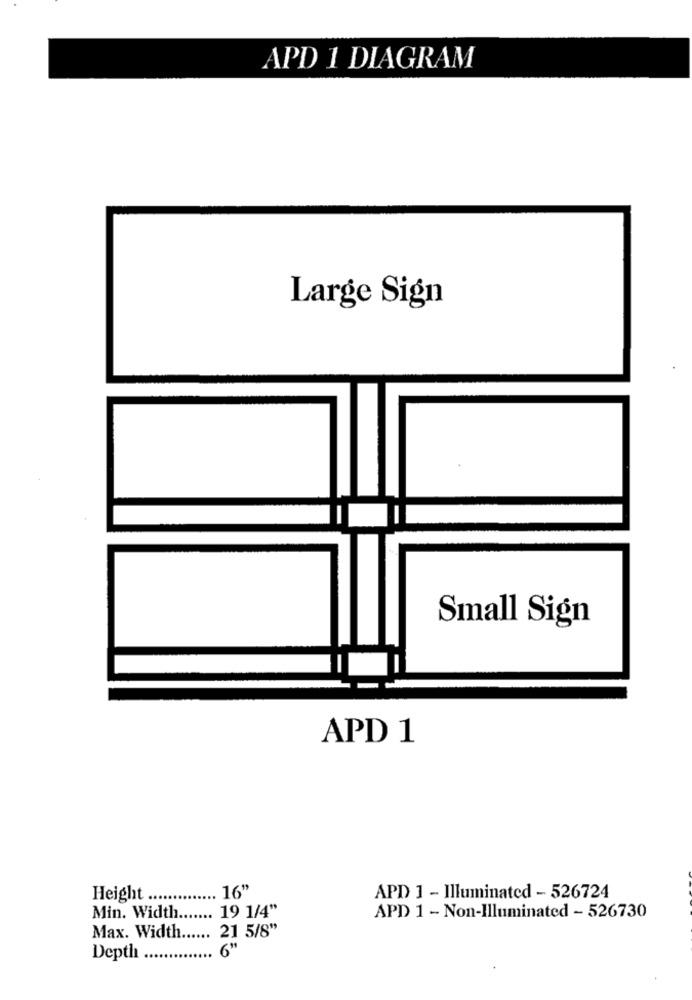
APD 1 DIAGRAM
Large Sign
Small Sign
APD 1
16"
Height .
APD 1 - Illuminated - 526724
Min. Width.
19 1/4"
APD 1 - Non-Illuminated - 526730
Max. Width
21 5/8"
6"
Depth